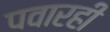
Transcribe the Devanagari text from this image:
पवारही